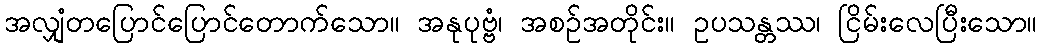
အလျှံတပြောင်ပြောင်တောက်သော။ အနုပုဗ္ဗံ၊ အစဉ်အတိုင်း။ ဥပသန္တဿ၊ ငြိမ်းလေပြီးသော။